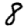
Digit: 8